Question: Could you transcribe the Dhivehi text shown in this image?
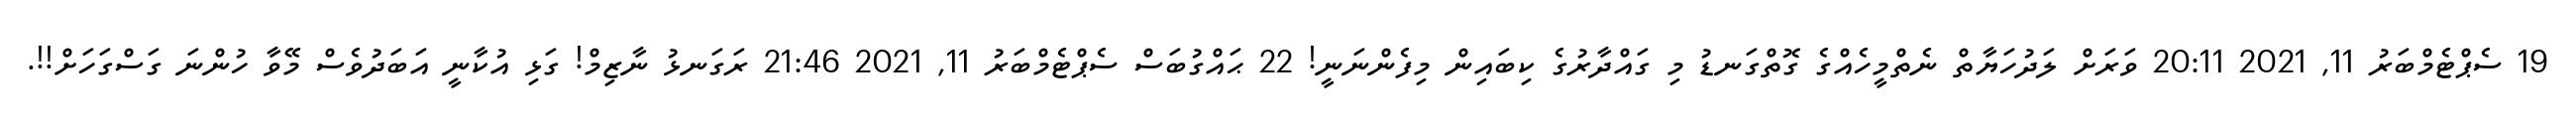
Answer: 19 ސެޕްޓެމްބަރު 11, 2021 20:11 ވަރަށް ލަދުހަޔާތް ނެތްމީހެއްގެ ގޮތްގަނޑު މި ގައްދާރުގެ ކިބައިން މިފެންނަނީ! 22 ޙައްގުބަސް ސެޕްޓެމްބަރު 11, 2021 21:46 ރަގަނޅު ނާޒިމް! ގަޅި އުކާނީ އަބަދުވެސް މޭވާ ހުންނަ ގަސްގަހަށް!!.